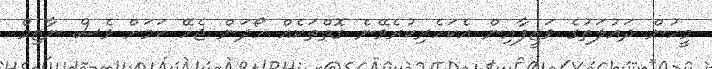
މީހުން ދައުލަތުގެ ވަޒީފާއިން އެކަހެރިކުރެވޭނެ ގޮތްތަކެއް ހޯދަން ޖެހޭ ކަމަށް ވެސް ނާޒިމް